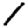
Digit: 1